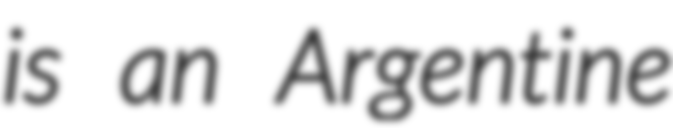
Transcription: is an Argentine